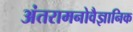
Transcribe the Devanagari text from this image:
अंतरामनोवैज्ञानिक